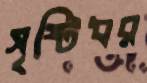
সৃষ্টিধর